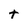
Character: t